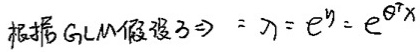
根据 GLM 假设 3 $\Rightarrow$ $\lambda = e^{\eta}=e^{\theta^{T}x}$